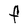
Character: F